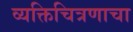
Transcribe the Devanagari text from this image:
व्यक्तिचित्रणाचा